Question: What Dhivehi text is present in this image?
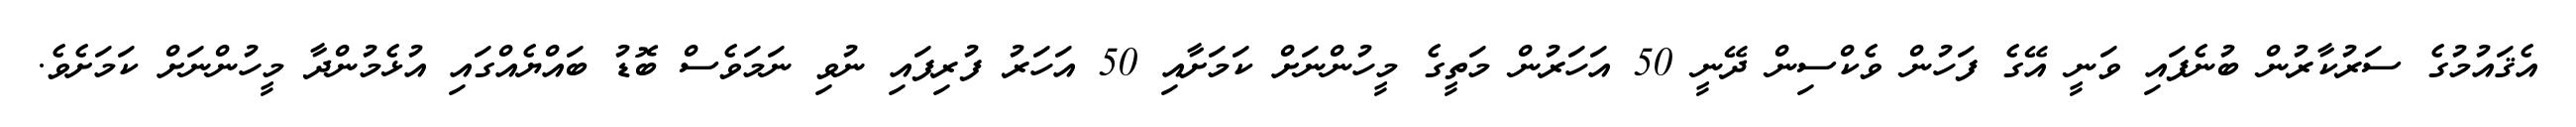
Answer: އެޤައުމުގެ ސަރުކާރުން ބުނެފައި ވަނީ އޭގެ ފަހުން ވެކްސިން ދޭނީ 50 އަހަރުން މަތީގެ މީހުންނަށް ކަމަށާއި 50 އަހަރު ފުރިފައި ނުވި ނަމަވެސް ބޮޑު ބައްޔެއްގައި އުޅެމުންދާ މީހުންނަށް ކަމަށެވެ.